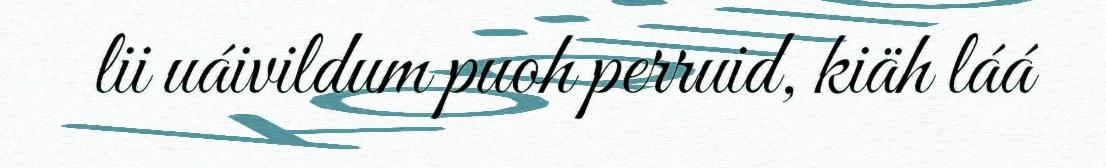
lii uáivildum puoh perruid, kiäh láá